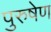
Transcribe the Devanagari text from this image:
पुरुषेण